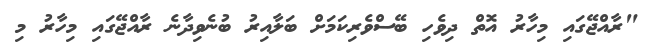
"ރާއްޖޭގައި މިހާރު އޮތް ދިވެހި ބޭސްވެރިކަމަށް ބަލާއިރު ބުނެވިދާނެ ރާއްޖޭގައި މިހާރު މި